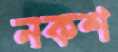
নকশ